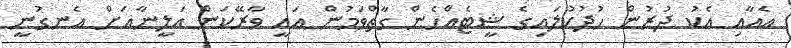
އެއާއި އެކު ދުރުން ހުދުކުލައިގެ ޝީޓެއްހެން ގާތްވަމުން އައީ ވާރޭކަން އަލީނާއަށް އެނގުނީ